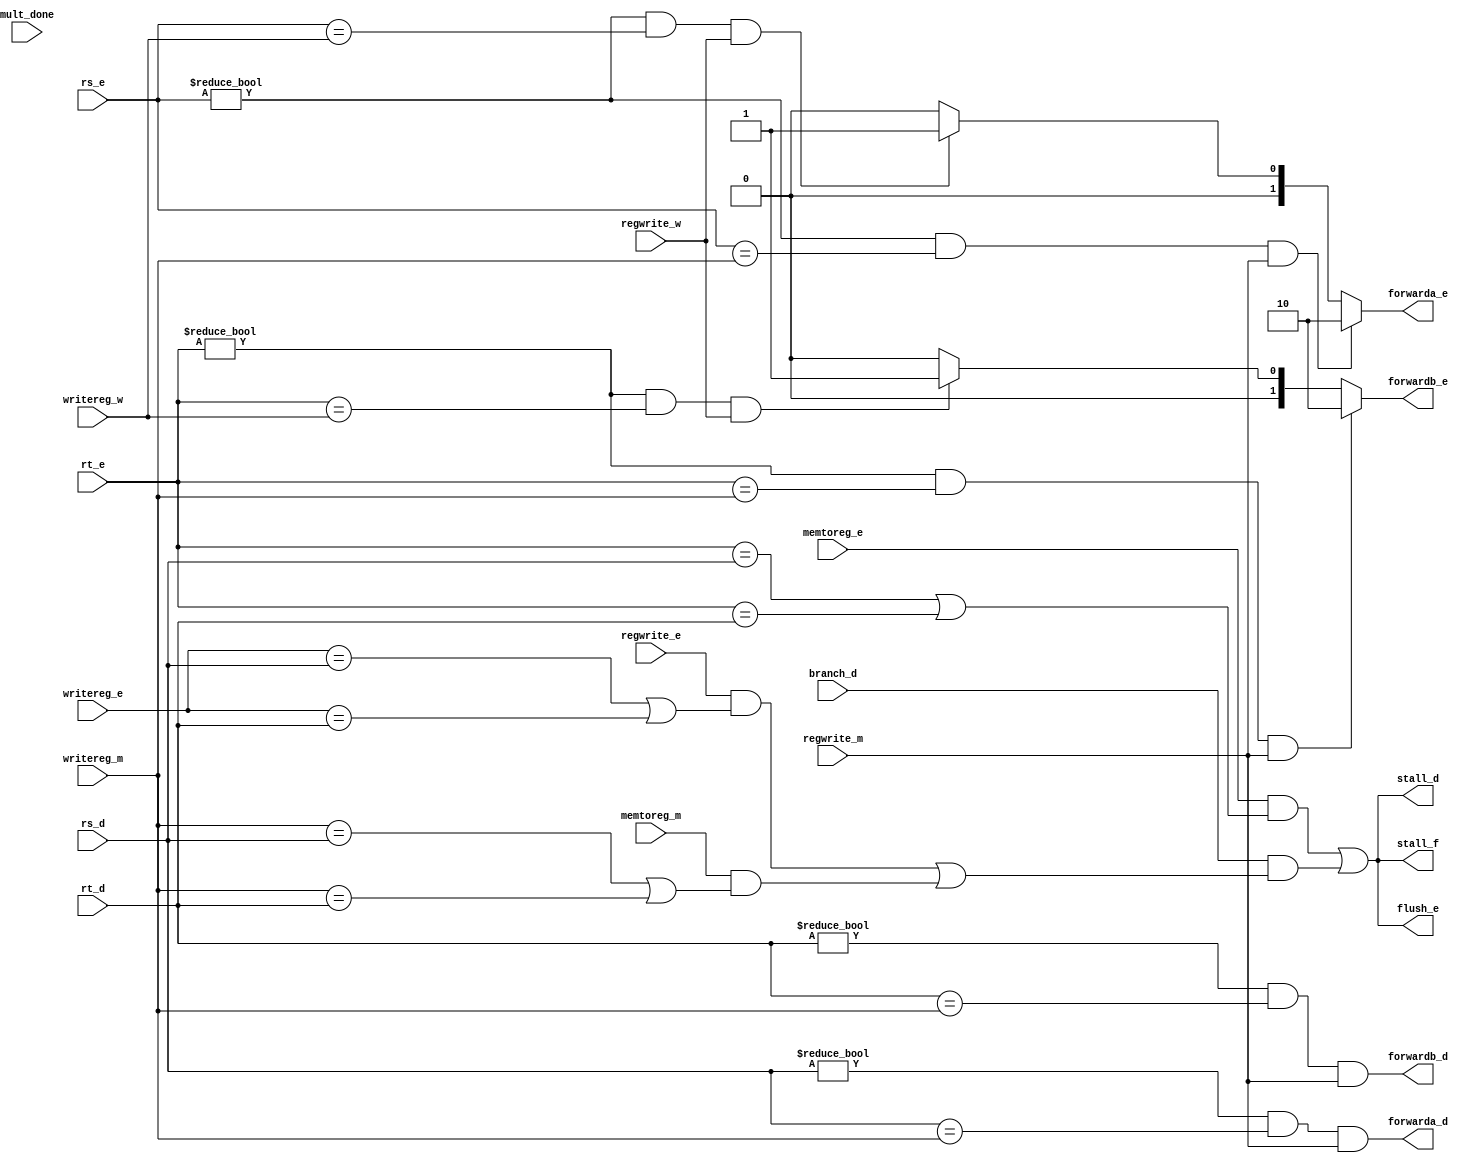
/*
 */

`default_nettype none
`timescale 1 ns / 1 ns
module hazard_unit (
  input wire [4:0]    rs_d,
  input wire [4:0]    rt_d,
  input wire [4:0]    rs_e,
  input wire [4:0]    rt_e,
  input wire [4:0]    writereg_e,
  input wire [4:0]    writereg_m,
  input wire [4:0]    writereg_w,
  input wire          memtoreg_e,
  input wire          memtoreg_m,
  input wire          regwrite_e,
  input wire          regwrite_m,
  input wire          regwrite_w,
  input wire          branch_d,
  input wire          mult_done,
  output wire         forwarda_d,
  output wire         forwardb_d,
  output wire [1:0]   forwarda_e,
  output wire [1:0]   forwardb_e,
  output wire         stall_f,
  output wire         stall_d,
  output wire         flush_e
  );

  // Declare Wires used in this Module
  wire lwstall_d;
  wire branchstall_d;
  wire multstall;

  // Assign outputs
  assign forwarda_d = (rs_d != 5'd0 & rs_d == writereg_m & regwrite_m);
  assign forwardb_d = (rt_d != 5'd0 & rt_d == writereg_m & regwrite_m);

  assign forwarda_e = ((rs_e != 5'd0) && (rs_e == writereg_m) && (regwrite_m == 1'b1)) ? 2'b10 :
                      ((rs_e != 5'd0) && (rs_e == writereg_w) && (regwrite_w == 1'b1)) ? 2'b01 : 2'b00;

  assign forwardb_e = ((rt_e != 5'd0) && (rt_e == writereg_m) && (regwrite_m == 1'b1)) ? 2'b10 :
                      ((rt_e != 5'd0) && (rt_e == writereg_w) && (regwrite_w == 1'b1)) ? 2'b01 : 2'b00;
  assign multstall = ~mult_done;

  assign lwstall_d = memtoreg_e & (rt_e == rs_d | rt_e == rt_d);
	assign branchstall_d = branch_d &
		(regwrite_e &
		(writereg_e == rs_d | writereg_e == rt_d) |
		memtoreg_m &
		(writereg_m == rs_d | writereg_m == rt_d));

	assign stall_d = lwstall_d | branchstall_d; //| multstall;
	assign stall_f = stall_d;
	assign flush_e = stall_f;

endmodule // hazard_unit

`default_nettype wire